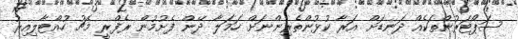
ސަޕޯޓަރުންތަކެއް ދަނޑަށް އަރާ ކުޅުންތެރިންނަށް ހަމަލާ ދޭން ފެށުމުން ރެފްރީ މެޗު ހުއްޓާލިއިރު